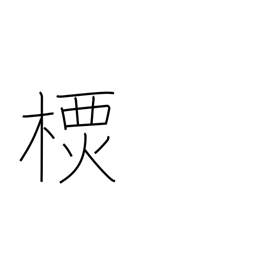
Meaning: a type of tree